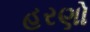
હરણો